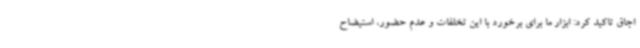
اجاق تاکید کرد: ابزار ما برای برخورد با این تخلفات و عدم حضور، استیضاح